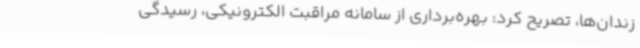
زندان‌ها، تصریح کرد: بهره‌برداری از سامانه مراقبت الکترونیکی، رسیدگی